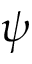
\psi